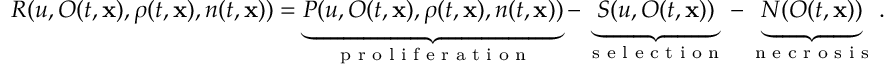
R ( u , O ( t , \mathbf { x } ) , \rho ( t , \mathbf { x } ) , n ( t , \mathbf { x } ) ) = \underbrace { P ( u , O ( t , \mathbf { x } ) , \rho ( t , \mathbf { x } ) , n ( t , \mathbf { x } ) ) } _ { \textup { p r o l i f e r a t i o n } } - \underbrace { S ( u , O ( t , \mathbf { x } ) ) } _ { \textup { s e l e c t i o n } } - \underbrace { N ( O ( t , \mathbf { x } ) ) } _ { \textup { n e c r o s i s } } .